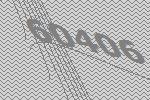
60406